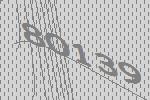
80139